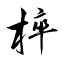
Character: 椊